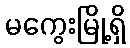
မကွေးမြို့ရှိ